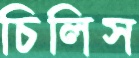
চিলিস